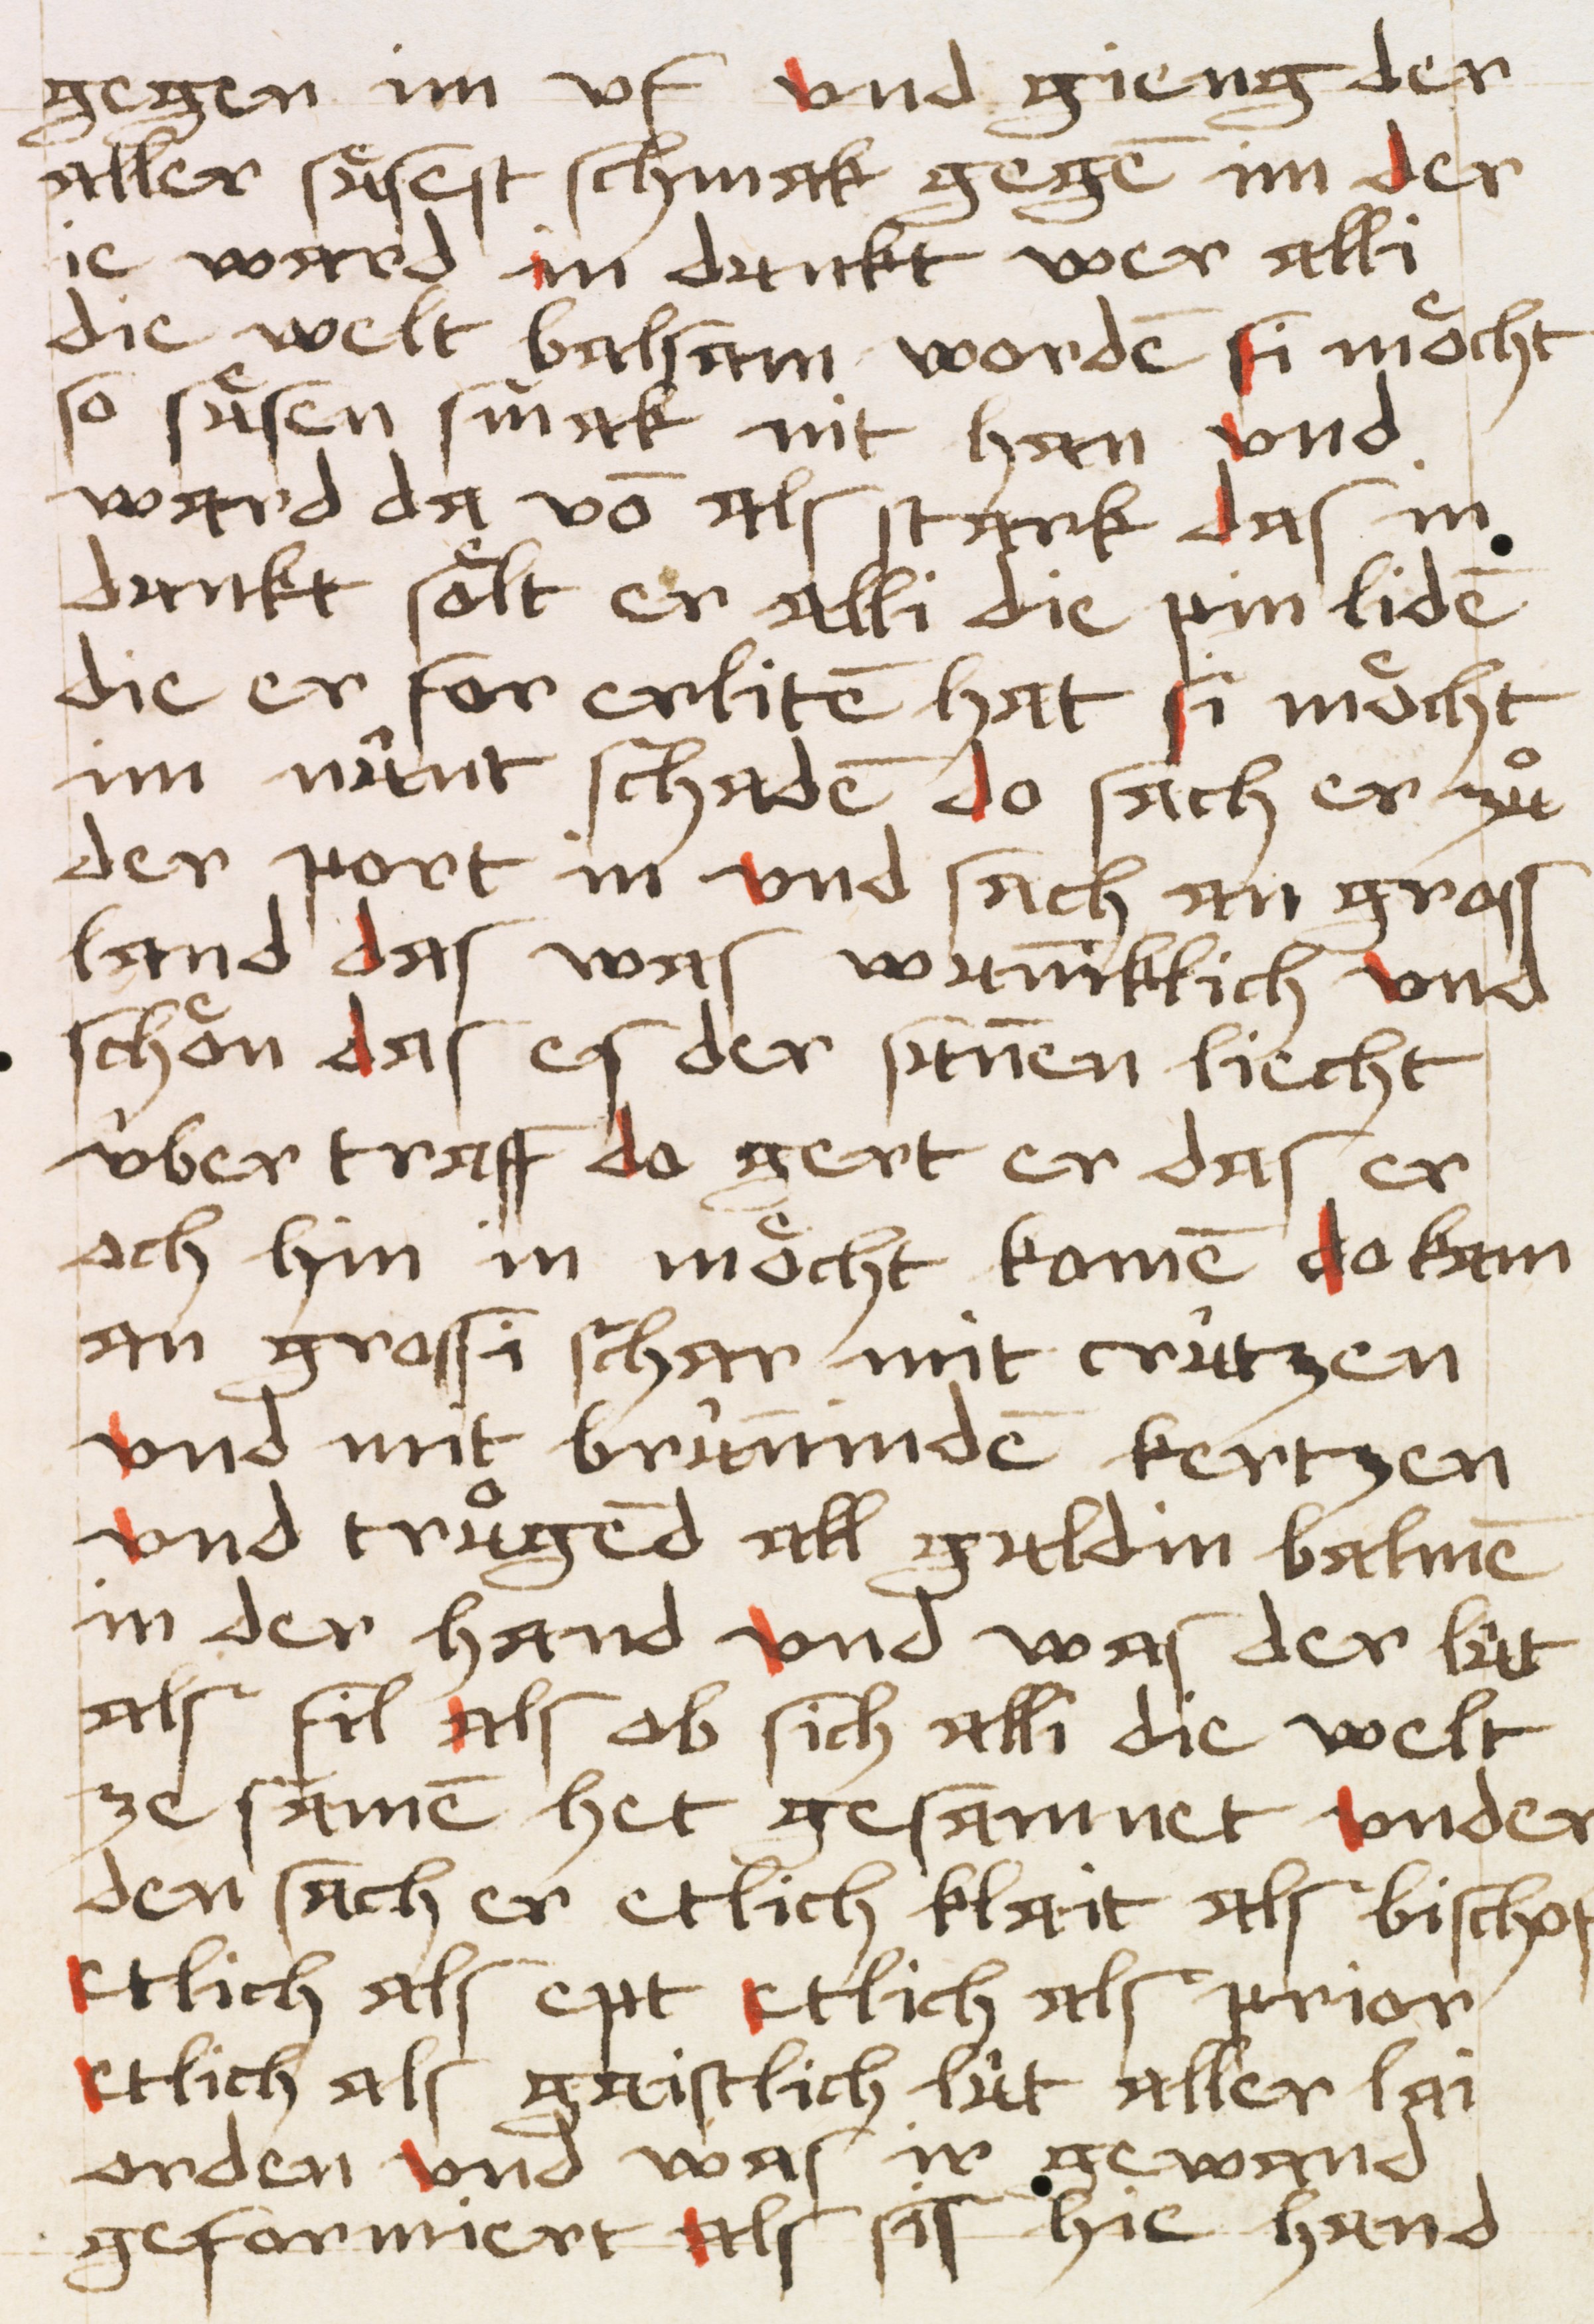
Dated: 1484–1484